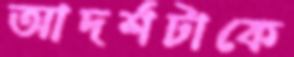
আদর্শটাকে